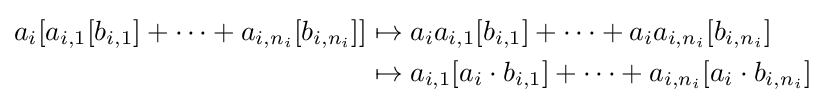
{\begin{aligned}a_{i}[a_{i,1}[b_{i,1}]+\cdots +a_{i,n_{i}}[b_{i,n_{i}}]]&\mapsto a_{i}a_{i,1}[b_{i,1}]+\cdots +a_{i}a_{i,n_{i}}[b_{i,n_{i}}]\\&\mapsto a_{i,1}[a_{i}\cdot b_{i,1}]+\cdots +a_{i,n_{i}}[a_{i}\cdot b_{i,n_{i}}]\end{aligned}}